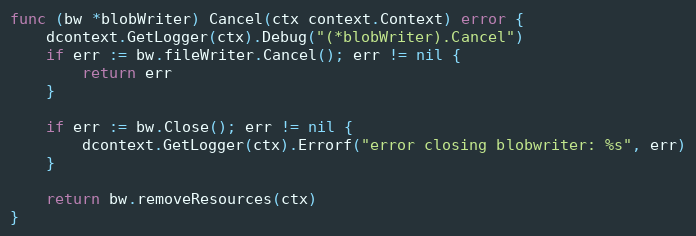
Language: Go
func (bw *blobWriter) Cancel(ctx context.Context) error {
	dcontext.GetLogger(ctx).Debug("(*blobWriter).Cancel")
	if err := bw.fileWriter.Cancel(); err != nil {
		return err
	}

	if err := bw.Close(); err != nil {
		dcontext.GetLogger(ctx).Errorf("error closing blobwriter: %s", err)
	}

	return bw.removeResources(ctx)
}